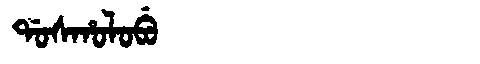
Manchu: ᡩᠣᠰᡥᠣᠯᠣᠪᡠ
Romanization: DOSHOLOBU